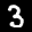
Label: 3